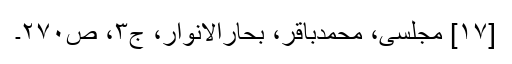
[۱۷] مجلسی، محمدباقر، بحارالانوار، ج‌۳، ص‌۲۷۰۔